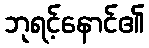
ဘုရင့်နောင်၏